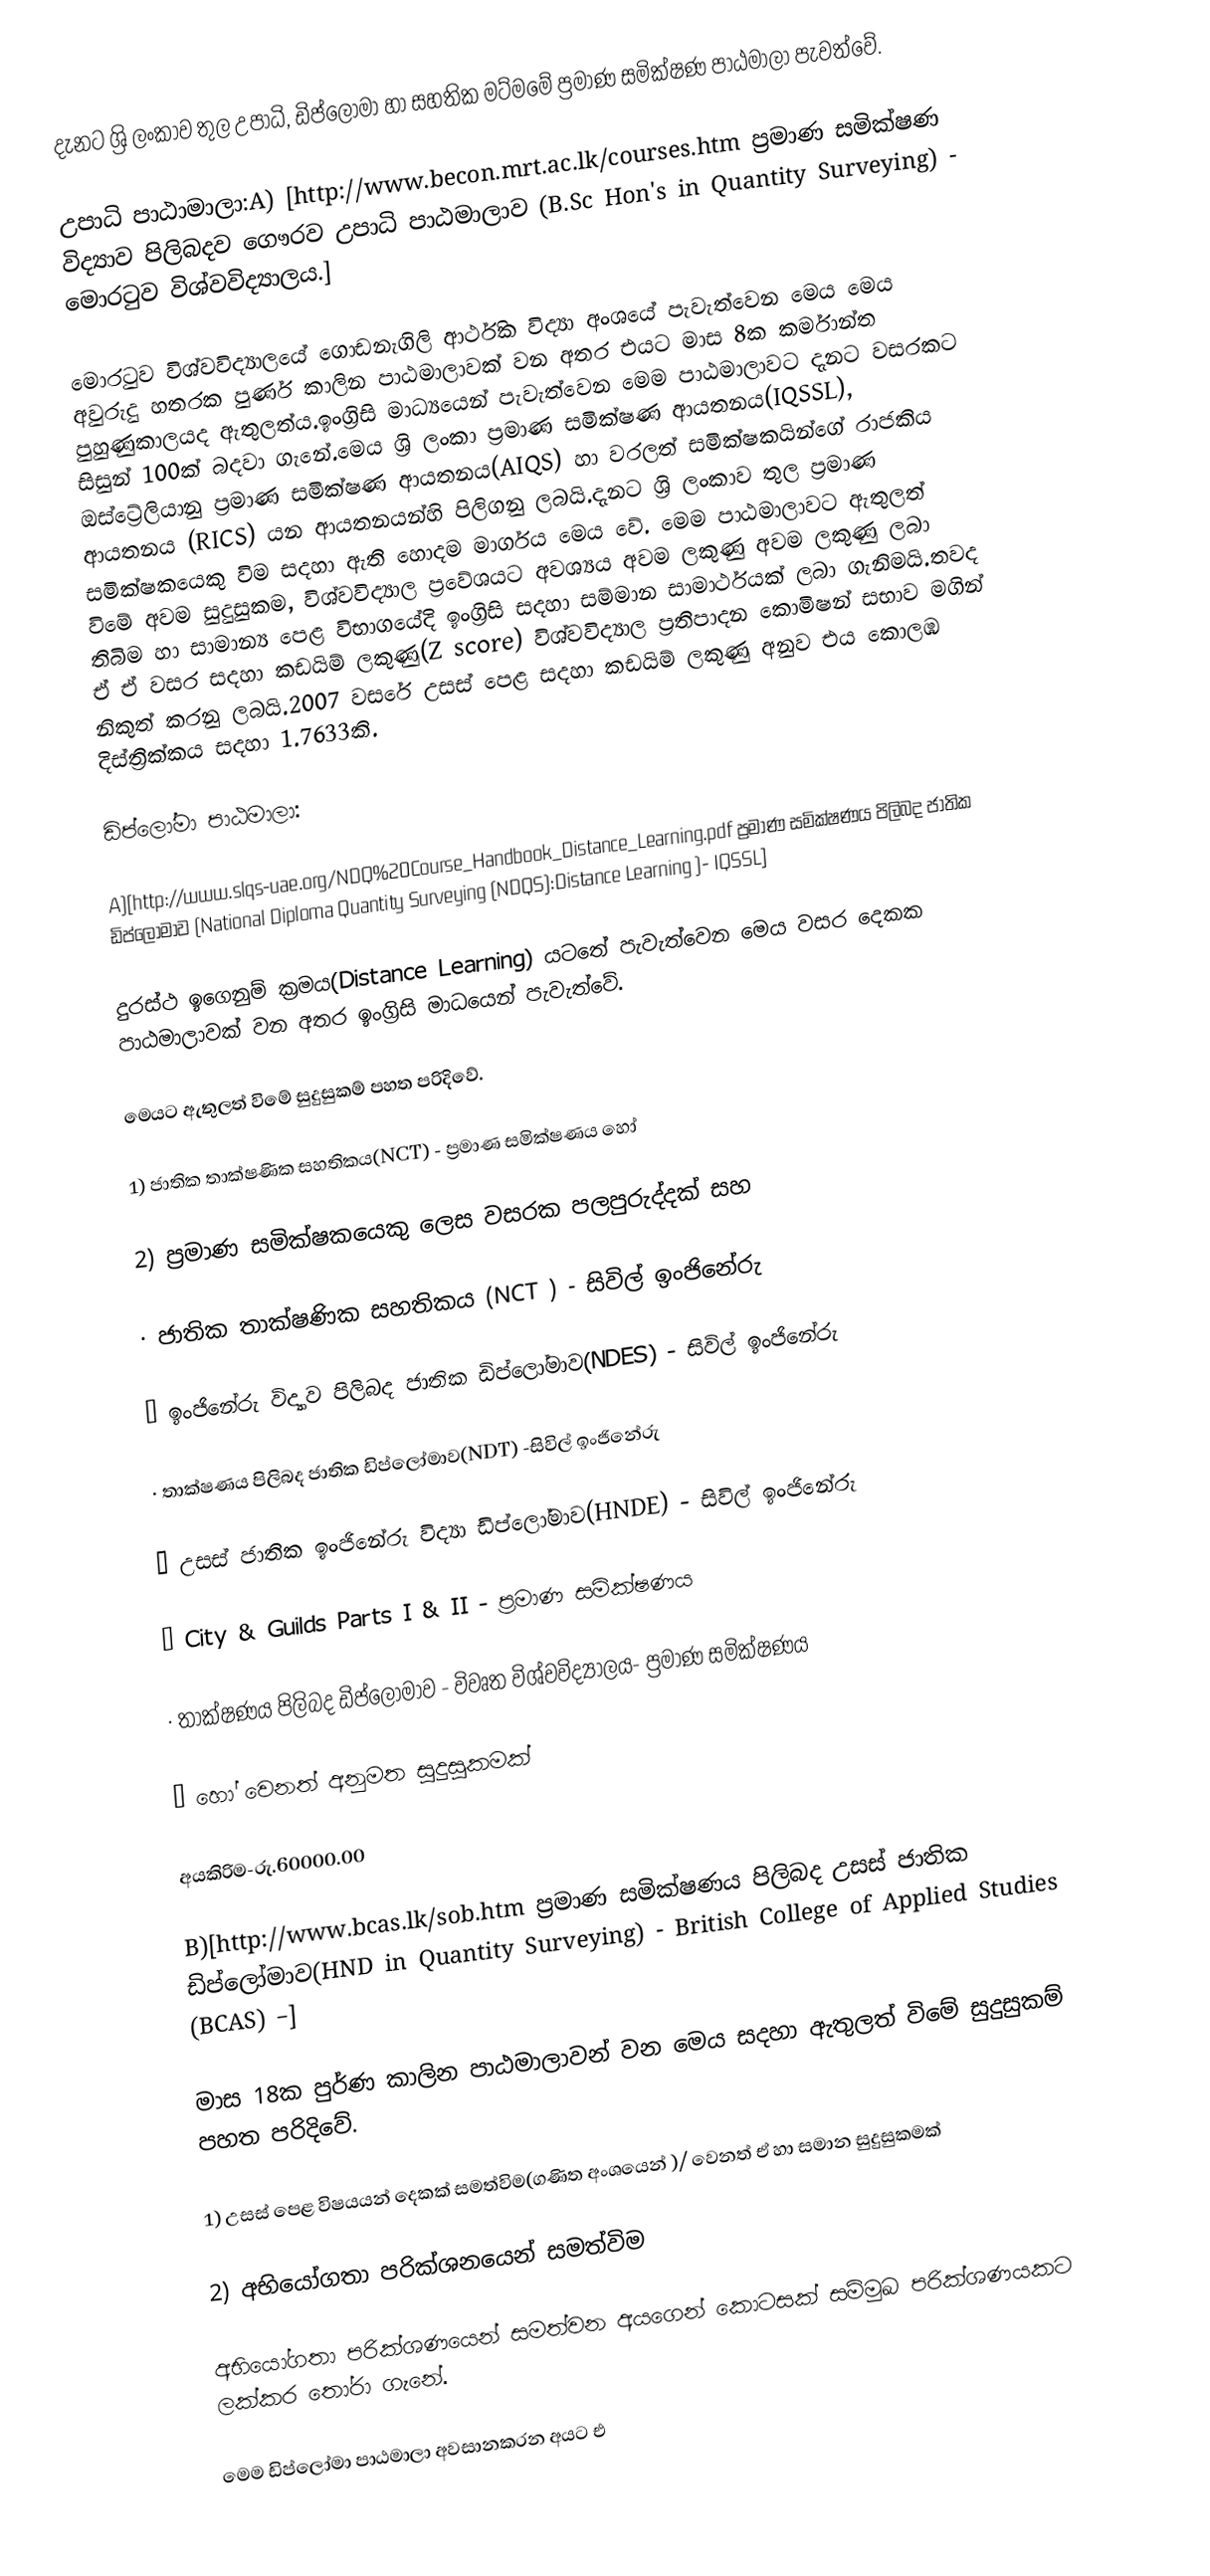
දැනට ශ්‍රි ලංකාව තුල උපාධි, ඩිප්ලෝමා හා සහතික මට්මමේ ප්‍රමාණ සමික්ෂණ පාඨමාලා පැවත්වේ.

උපාධි පාඨාමාලා:A) [http://www.becon.mrt.ac.lk/courses.htm ප්‍රමාණ සමික්ෂණ විද්‍යාව පිලිබදව ගෞරව උපාධි පාඨමාලාව (B.Sc Hon's in Quantity Surveying) - මොරටුව විශ්වවිද්‍යාලය.]

මොරටුව විශ්වවිද්‍යාලයේ ගොඩනැගිලි ආර්ථික විද්‍යා අංශයේ පැවැත්වෙන මෙය මෙය අවුරුදු හතරක පුර්ණ කාලින පාඨමාලාවක් වන අතර එයට මාස 8ක කර්මාන්ත පුහුණුකාලයද ඇතුලත්ය.ඉංග්‍රිසි මාධ්‍යයෙන් පැවැත්වෙන මෙම පාඨමාලාවට දැනට වසරකට සිසුන් 100ක් බදවා ගැනේ.මෙය ශ්‍රි ලංකා ප්‍රමාණ සමික්ෂණ ආයතනය(IQSSL), ඔස්ට්‍රේලියානු ප්‍රමාණ සමික්ෂණ ආයතනය(AIQS) හා වරලත් සමික්ෂකයින්ගේ රාජකිය ආයතනය (RICS) යන ආයතනයන්හි පිලිගනු ලබයි.දැනට ශ්‍රි ලංකාව තුල ප්‍රමාණ සමික්ෂකයෙකු විම සදහා ඇති හොදම මාර්ගය මෙය වේ. මෙම පාඨමාලාවට ඇතුලත් විමේ අවම සුදුසුකම, විශ්වවිද්‍යාල ප්‍රවේශයට අවශ්‍යය අවම ලකුණු අවම ලකුණු ලබා තිබිම හා සාමාන්‍ය පෙළ විභාගයේදි ඉංග්‍රිසි සදහා සම්මාන සාමාර්ථයක් ලබා ගැනිමයි.තවද ඒ ඒ වසර සදහා කඩයිම් ලකුණු(Z score) විශ්වවිද්‍යාල ප්‍රතිපාදන කොමිෂන් සභාව මගින් නිකුත් කරනු ලබයි.2007 වසරේ උසස් පෙළ සදහා කඩයිම් ලකුණු අනුව එය කොලඹ දිස්ත්‍රික්කය සදහා 1.7633කි.

ඩිප්ලෝමා පාඨමාලා:

A)[http://www.slqs-uae.org/NDQ%20Course_Handbook_Distance_Learning.pdf ප්‍රමාණ සමික්ෂණය පිලිබද ජාතික ඩිප්ලෝමාව (National Diploma Quantity Surveying (NDQS):Distance Learning )- IQSSL]

දුරස්ථ ඉගෙනුම් ක්‍රමය(Distance Learning) යටතේ පැවැත්වෙන මෙය වසර දෙකක පාඨමාලාවක් වන අතර ඉංග්‍රිසි මාධයෙන් පැවැත්වේ.

මෙයට ඇතුලත් විමේ සුදුසුකම් පහත පරිදිවේ.

1) ජාතික තාක්ෂණික සහතිකය(NCT) - ප්‍රමාණ සමික්ෂණය හෝ

2) ප්‍රමාණ සමික්ෂකයෙකු ලෙස වසරක පලපුරුද්දක් සහ

· ජාතික තාක්ෂණික සහතිකය (NCT ) - සිවිල් ඉංජිනේරු

· ඉංජිනේරු විද්‍යාව පිලිබද ජාතික ඩිප්ලෝමාව(NDES) - සිවිල් ඉංජිනේරු

· තාක්ෂණය පිලිබද ජාතික ඩිප්ලෝමාව(NDT) -සිවිල් ඉංජිනේරු

· උසස් ජාතික ඉංජිනේරු විද්‍යා ඩිප්ලෝමාව(HNDE) - සිවිල් ඉංජිනේරු

· City & Guilds Parts I & II - ප්‍රමාණ සමික්ෂණය

· තාක්ෂණය පිලිබද ඩිප්ලෝමාව - විවෘත විශ්වවිද්‍යාලය- ප්‍රමාණ සමික්ෂණය

· හෝ වෙනත් අනුමත සුදුසුකමක්

අයකිරිම-රු.60000.00

B)[http://www.bcas.lk/sob.htm ප්‍රමාණ සමික්ෂණය පිලිබද උසස් ජාතික ඩිප්ලෝමාව(HND in Quantity Surveying) - British College of Applied Studies (BCAS) –]

මාස 18ක පුර්ණ කාලින පාඨමාලාවන් වන මෙය සදහා ඇතුලත් විමේ සුදුසුකම් පහත පරිදිවේ.

1) උසස් පෙළ විෂයයන් දෙකක් සමත්විම(ගණිත අංශයෙන් )/ වෙනත් ඒ හා සමාන සුදුසුකමක්

2) අභියෝගතා පරික්ශනයෙන් සමත්විම

අභියෝගතා පරික්ශණයෙන් සමත්වන අයගෙන් කොටසක් සම්මුඛ පරික්ශණයකට ලක්කර තෝරා ගැනේ.

මෙම ඩිප්ලෝමා පාඨමාලා අවසානකරන අයට එ